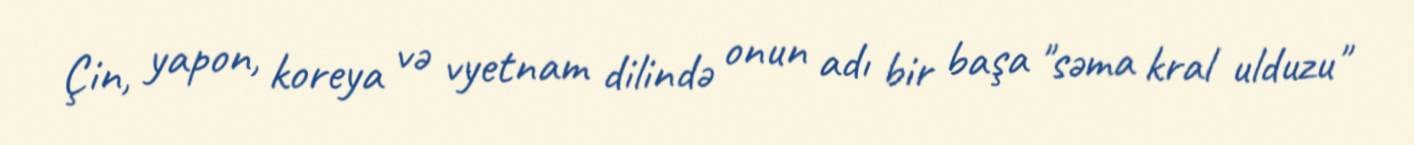
Çin, yapon, koreya və vyetnam dilində onun adı bir başa "səma kral ulduzu"